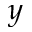
y